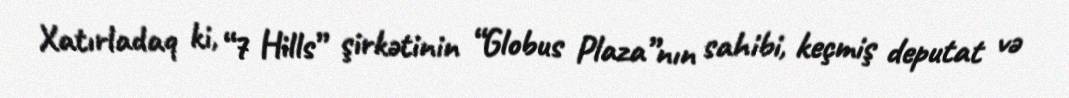
Xatırladaq ki, “7 Hills” şirkətinin “Globus Plaza”nın sahibi, keçmiş deputat və